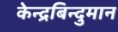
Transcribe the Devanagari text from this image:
केन्द्रबिन्दुमान